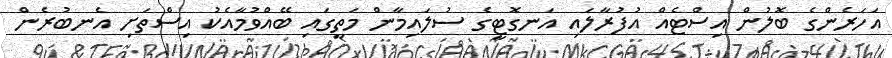
އަހަރެންގެ ބޮލުން އިސްޓެއް އުފުރާލައި އަނގޮޓީގެ ސުލައިމާން މަތީގައި ބޭއްވުމާއެކު އިސްތަށި އެނބުރެން